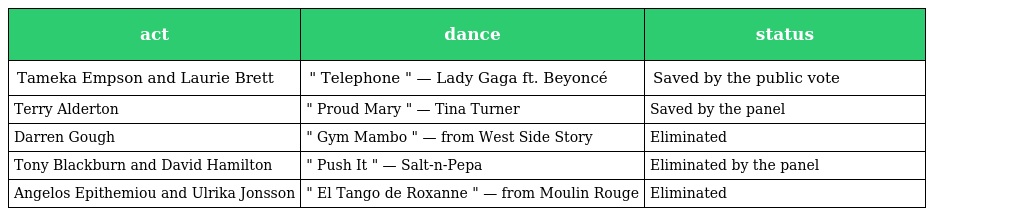
| act | dance | status |
 | --- | --- | --- |
 | Tameka Empson and Laurie Brett | " Telephone " — Lady Gaga ft. Beyoncé | Saved by the public vote |
 | Terry Alderton | " Proud Mary " — Tina Turner | Saved by the panel |
 | Darren Gough | " Gym Mambo " — from West Side Story | Eliminated |
 | Tony Blackburn and David Hamilton | " Push It " — Salt-n-Pepa | Eliminated by the panel |
 | Angelos Epithemiou and Ulrika Jonsson | " El Tango de Roxanne " — from Moulin Rouge | Eliminated |